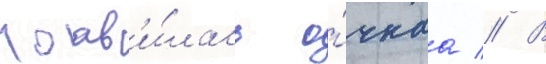
поав'и́лась о́чнаа // В